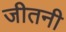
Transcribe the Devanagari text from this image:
जीतनी